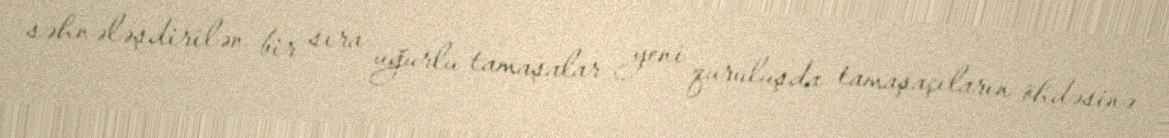
səhnələşdirilən bir sıra uğurlu tamaşalar yeni quruluşda tamaşaçıların öhdəsinə